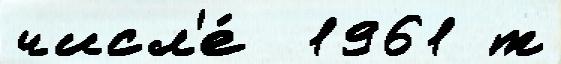
числ'е́  1961 т